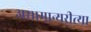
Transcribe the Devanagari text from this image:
असामान्यरीत्या